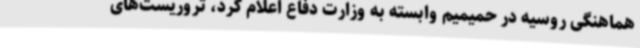
هماهنگی روسیه در حمیمیم وابسته به وزارت دفاع اعلام کرد، تروریست‌های